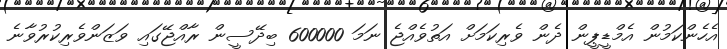
އެހެންކަމުން އެމްޑީޕީން ދެން ވެރިކަމަށް އަތުވެއްޖެ ނަމަ 600000 ބިދޭސީން ރާއްޖޭގައި ވަޒަންވެރިކުރުވާނެ